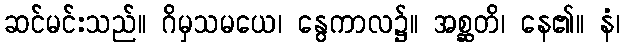
ဆင်မင်းသည်။ ဂိမှသမယေ၊ နွေကာလ၌။ အစ္ဆတိ၊ နေ၏။ နံ၊